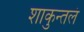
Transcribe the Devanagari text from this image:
शाकुन्तलं